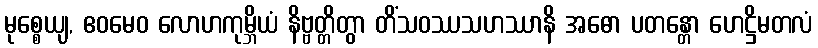
မုစ္စေယျ, ဧဝမေဝ လောဟကုမ္ဘိယံ နိဗ္ဗတ္တိတွာ တိံသဝဿသဟဿာနိ အဓော ပတန္တော ဟေဋ္ဌိမတလံ